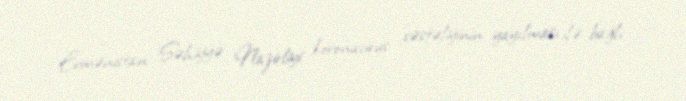
Ermənistan Səhiyyə Nazirliyi koronavirus xəstəliyinin yayılması ilə bağlı